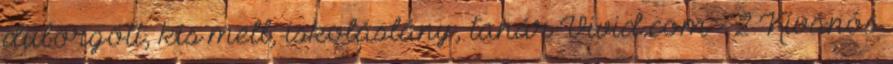
dübörgött, kis mell, iskoláslány, tanár Vivid.com - 2 Kívánós